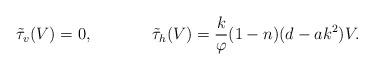
LaTeX: \begin{align*} \tilde{\tau}_{v}(V)=0, \phantom{XXXX} \tilde{\tau}_{h}(V)=\frac{k}{\varphi}(1-n)(d-ak^{2})V.\end{align*}